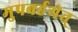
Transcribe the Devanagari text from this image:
मुपबर्हयेत्